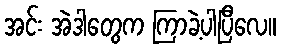
အင်း အဲဒါတွေက ကြာခဲ့ပါပြီလေ။